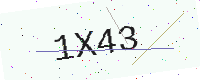
Text: 1X43